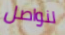
لنواصل